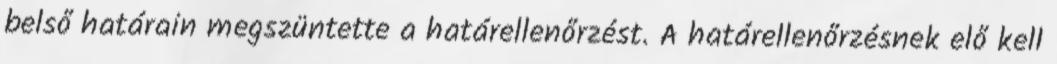
belső határain megszüntette a határellenőrzést. A határellenőrzésnek elő kell